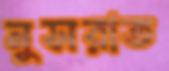
নুসরাত